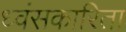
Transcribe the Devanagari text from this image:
ध्वंसकारिता